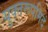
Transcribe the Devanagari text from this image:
युक्तरूपमिदं